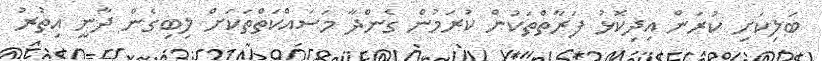
ބަލިކަށި ކުރަން އިދިކޮޅު ފަރާތްތަކުން ކުރަމުން ގެންދާ މަސައްކަތްތަކަށް ލިބިގެން ދާނީ އިތުރު